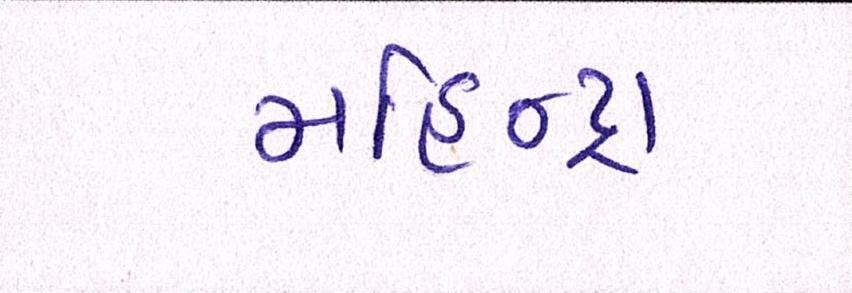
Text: મહિન્દ્રા